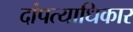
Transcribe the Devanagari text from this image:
दांपत्याधिकार